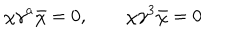
\chi \gamma ^ { a } \bar { \chi } = 0 , \qquad \chi \gamma ^ { 3 } \bar { \chi } = 0